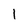
Character: 1